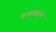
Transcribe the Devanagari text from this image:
वादंगांमुळे